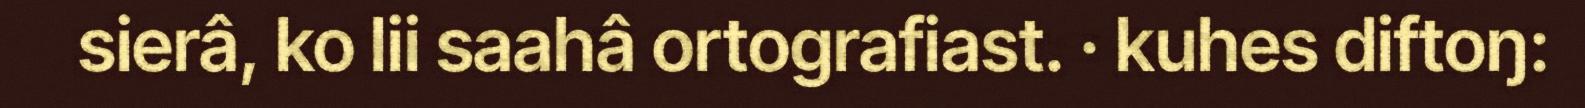
sierâ, ko lii saahâ ortografiast. · kuhes diftoŋ: